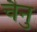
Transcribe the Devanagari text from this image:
चैनु